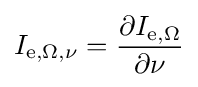
I_{\mathrm {e} ,\Omega ,\nu }={\frac {\partial I_{\mathrm {e} ,\Omega }}{\partial \nu }}